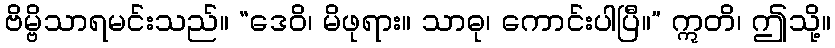
ဗိမ္ဗိသာရမင်းသည်။ “ဒေဝိ၊ မိဖုရား။ သာဓု၊ ကောင်းပါပြီ။” ဣတိ၊ ဤသို့။